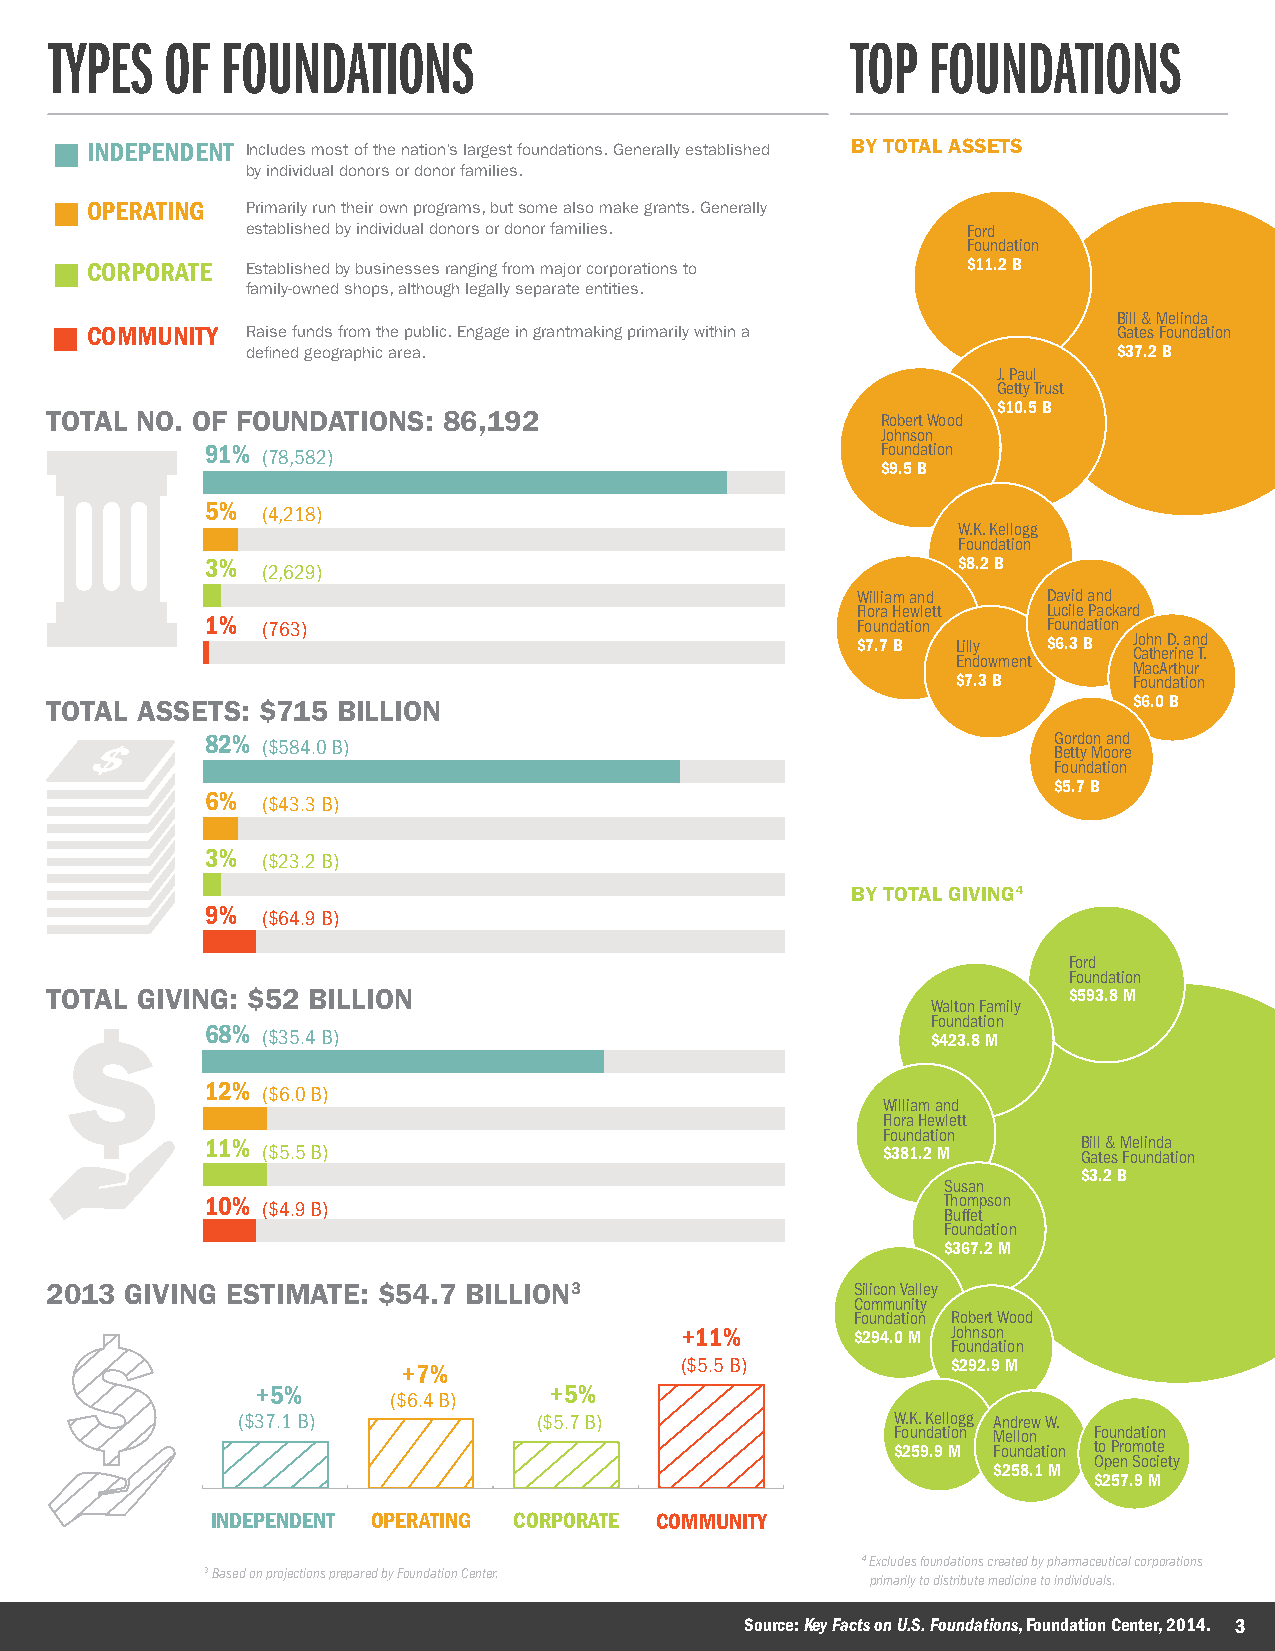
TYPES   OF  FOUNDATIONS                              TOP  FOUNDATIONS
 INDEPENDENT Includes most of the nation’s largest foundations. Generally established BY TOTAL ASSETS
 by individual donors or donor families.
 OPERATING Primarily run their own programs, but some also make grants. Generally
 established by individual donors or donor families. Ford
 Foundation
 CORPORATE Established by businesses ranging from major corporations to $11.2 B
 family-owned shops, although legally separate entities.
 Bill & Melinda
 COMMUNITY Raise funds from the public. Engage in grantmaking primarily within a Gates Foundation
 defined geographic area.                                  $37.2 B
 J. Paul
 Getty Trust
 $10.5 B
 TOTAL NO. OF FOUNDATIONS: 86,192                       Robert Wood
 Johnson
 91% (78,582)                                Foundation
 $9.5 B
 5% (4,218)
 W.K. Kellogg
 Foundation
 3% (2,629)                                       $8.2 B
 William and David and
 Flora Hewlett Lucile Packard
 1% (763)                                   Foundation  Foundation
 $7.7 B Lilly $6.3 B John D. and
 Catherine T.
 Endowment
 MacArthur
 $7.3 B      Foundation
 TOTAL ASSETS: $715 BILLION                                              $6.0 B
 82% ($584.0 B)                                          Gordon and
 Betty Moore
 Foundation
 $5.7 B
 6% ($43.3 B)
 3% ($23.2 B)
 BY TOTAL GIVING4
 9% ($64.9 B)
 Ford
 Foundation
 TOTAL GIVING: $52 BILLION                                           $593.8 M
 Walton Family
 Foundation
 68% ($35.4 B)                                   $423.8 M
 12% ($6.0 B)
 William and
 Flora Hewlett
 Foundation
 11% ($5.5 B)                                $381.2 M      B Gi all t e& s M Foe uli nn dd aa t ion
 $3.2 B
 Susan
 10% ($4.9 B)                                     Thompson
 Buffet
 Foundation
 $367.2 M
 2013 GIVING ESTIMATE: $54.7 BILLION3                  Silicon Valley
 Community
 Foundation Robert Wood
 +11%        $294.0 M Johnson
 Foundation
 +7%               ($5.5 B)          $292.9 M
 +5%                +5%
 ($6.4 B)
 ($37.1 B)           ($5.7 B)               W.K. Kellogg Andrew W.
 Foundation Mellon Foundation
 $259.9 M Foundation to Promote
 Open Society
 $258.1 M
 $257.9 M
 INDEPENDENT OPERATING CORPORATE COMMUNITY
 4 Excludes foundations created by pharmaceutical corporations
 3 Based on projections prepared by Foundation Center.
 primarily to distribute medicine to individuals.
 Source: Key Facts on U.S. Foundations, Foundation Center, 2014. 3